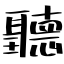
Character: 聽